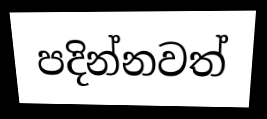
පදින්නවත්